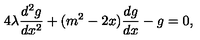
4 \lambda \frac { d ^ { 2 } g } { d x ^ { 2 } } + ( m ^ { 2 } - 2 x ) \frac { d g } { d x } - g = 0 ,